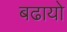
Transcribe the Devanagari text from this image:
बढायो